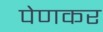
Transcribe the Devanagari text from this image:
पेणकर